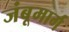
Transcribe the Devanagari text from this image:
जंबूमार्ग